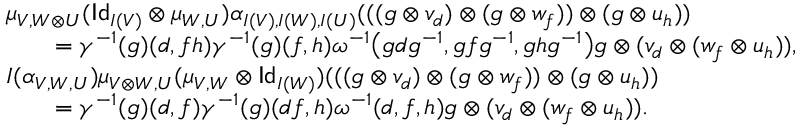
\begin{array} { r l } & { \mu _ { V , W \otimes U } ( \mathsf { I d } _ { I ( V ) } \otimes \mu _ { W , U } ) \alpha _ { I ( V ) , I ( W ) , I ( U ) } ( ( ( g \otimes v _ { d } ) \otimes ( g \otimes w _ { f } ) ) \otimes ( g \otimes u _ { h } ) ) } \\ & { \qquad = \gamma ^ { - 1 } ( g ) ( d , f h ) \gamma ^ { - 1 } ( g ) ( f , h ) \omega ^ { - 1 } \big ( g d g ^ { - 1 } , g f g ^ { - 1 } , g h g ^ { - 1 } \big ) g \otimes ( v _ { d } \otimes ( w _ { f } \otimes u _ { h } ) ) , } \\ & { I ( \alpha _ { V , W , U } ) \mu _ { V \otimes W , U } ( \mu _ { V , W } \otimes \mathsf { I d } _ { I ( W ) } ) ( ( ( g \otimes v _ { d } ) \otimes ( g \otimes w _ { f } ) ) \otimes ( g \otimes u _ { h } ) ) } \\ & { \qquad = \gamma ^ { - 1 } ( g ) ( d , f ) \gamma ^ { - 1 } ( g ) ( d f , h ) \omega ^ { - 1 } ( d , f , h ) g \otimes ( v _ { d } \otimes ( w _ { f } \otimes u _ { h } ) ) . } \end{array}